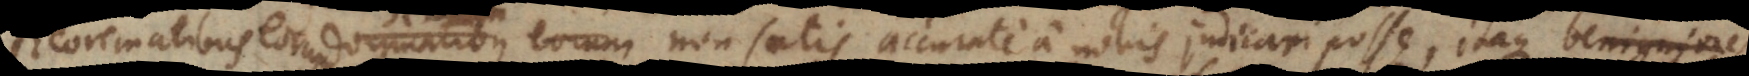
dogmatibus eorum senten non satis accurate a nobis judicari posse, itaque benigniores